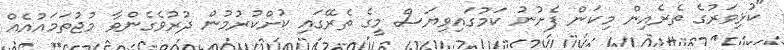
"ކުޅިވަރުގެ ތެރެއިން މިކަން ފެށުނު ކަމުގައިވިޔަސް މީގެ ތެރޭގައި ކުށްކުރުމުން ދުރުވެގެންވާ މުޖުތަމައުއެއް